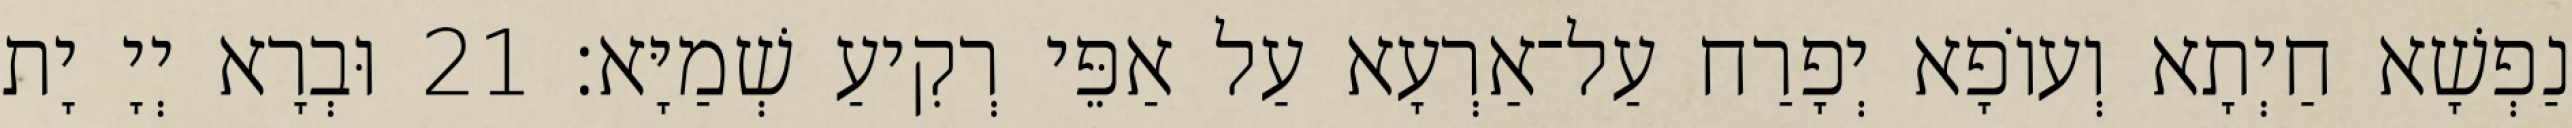
נַפְשָׁא חַיְתָא וְעוֹפָא יְפָרַח עַל־אַרְעָא עַל אַפֵּי רְקִיעַ שְׁמַיָּא׃ 21 וּבְרָא יְיָ יָת